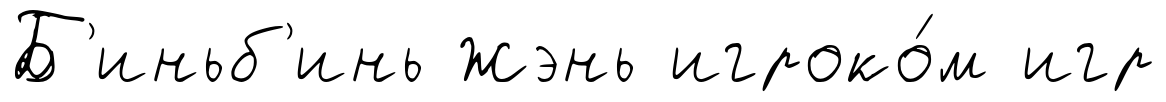
Б'иньб'инь Жэнь игроко́м игр